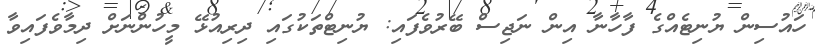
ހައުސިން ޔުނިޓެއްގެ ފާހާނާ އިން ނަޖިސް ބޭރުވެފައި: ޔުނިޓްތަކުގައި ދިރިއުޅޭ މީހުންނަށް ދިމާވެފައިވާ